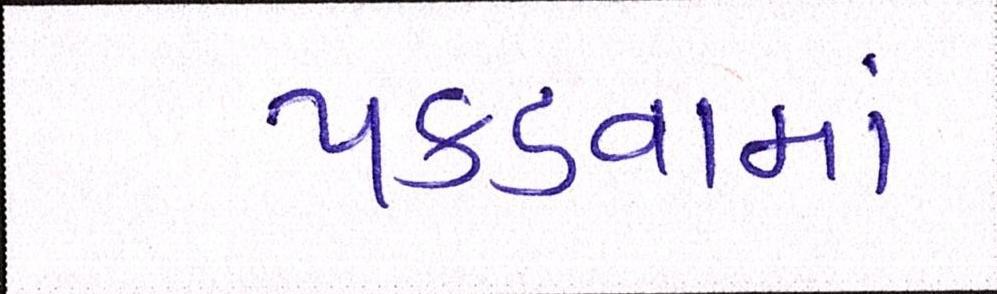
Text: પકડવામાં